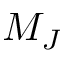
M _ { J }